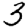
Digit: 3